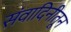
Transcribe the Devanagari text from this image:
संवादिनीतून